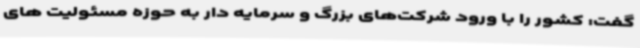
گفت: کشور را با ورود شرکت‌های بزرگ و سرمایه دار به حوزه مسئولیت های